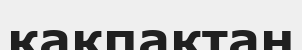
қақпақтан